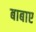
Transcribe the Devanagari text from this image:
बाबाए